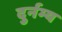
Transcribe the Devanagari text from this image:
दुर्नम्य